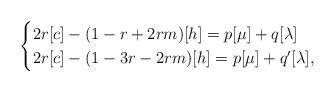
LaTeX: \begin{align*}\begin{cases}2r[c]-(1-r+2rm)[h]=p[\mu]+q[\lambda]\\2r[c]-(1-3r-2rm)[h]=p[\mu]+q'[\lambda] , \end{cases} \end{align*}